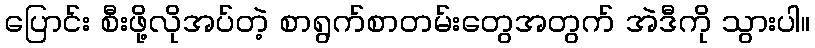
ပြောင်း စီးဖို့လိုအပ်တဲ့ စာရွက်စာတမ်းတွေအတွက် အဲဒီကို သွားပါ။